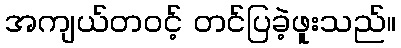
အကျယ်တဝင့် တင်ပြခဲ့ဖူးသည်။